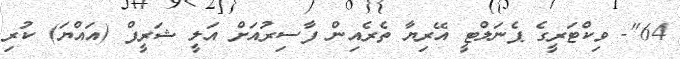
64"- ވިކްޓަރީގެ ޕެނަލްޓީ އޭރިޔާ ތެރެއިން ފާސިރުއަށް އަލީ ޝަރީފް (އައްޔަ) ކުރި